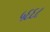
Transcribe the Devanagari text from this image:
५६६८